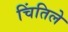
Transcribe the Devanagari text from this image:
चिंतिले